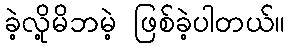
ခဲ့လို့မိဘမဲ့ ဖြစ်ခဲ့ပါတယ်။